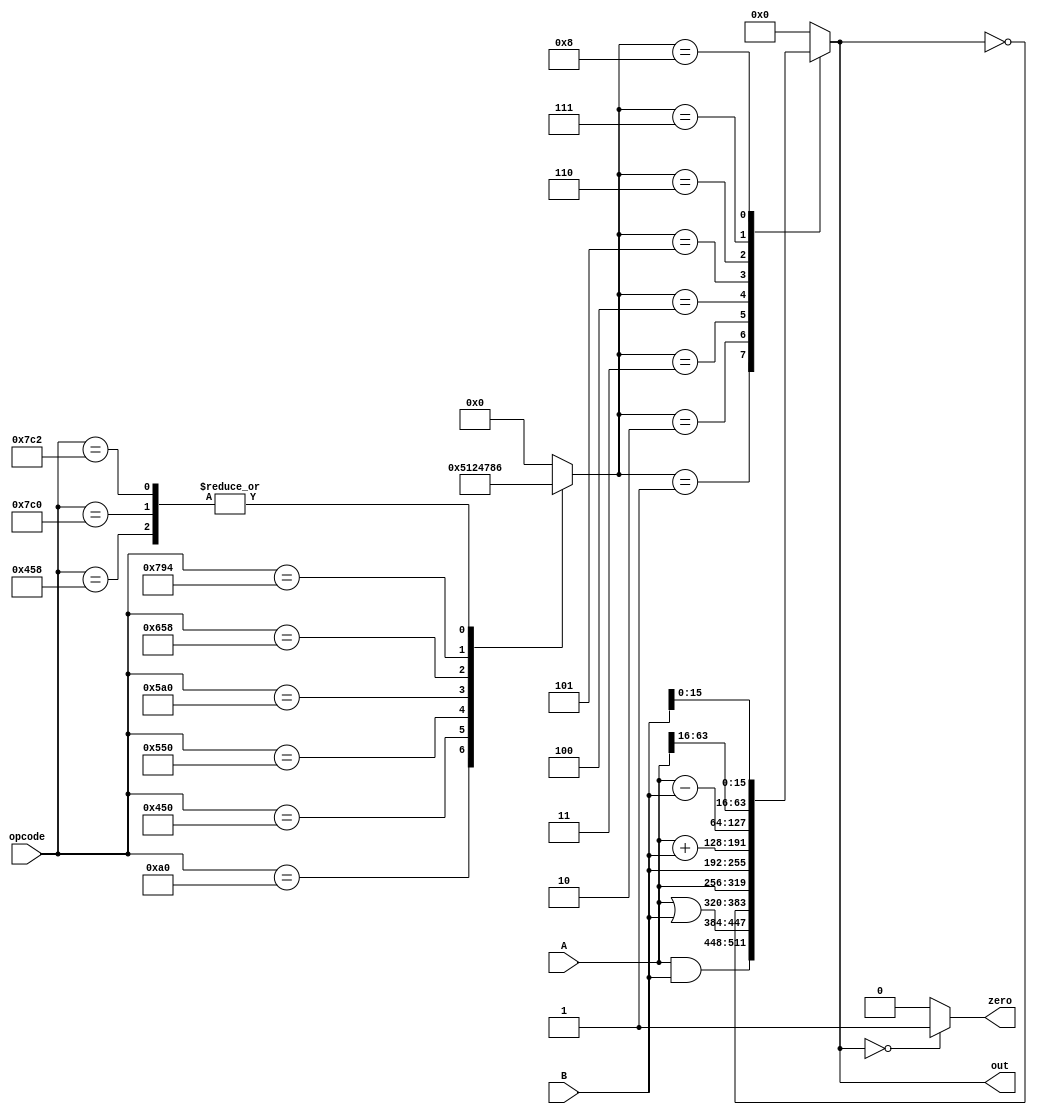
`timescale 1ns / 1ps

module ALU(
    input [10:0] opcode,
    input [63:0] A,
    input [63:0] B,
    output reg [63:0] out,
    output reg zero
);

    reg [3:0] alu_opcode;
    
    always@(A, B, opcode) begin
        case (opcode)
            11'h0A0: alu_opcode = 4'b0101;
            11'h450: alu_opcode = 4'b0001;
            11'h458: alu_opcode = 4'b0110;
            11'h550: alu_opcode = 4'b0010;
            11'h5A0: alu_opcode = 4'b0100;
            11'h658: alu_opcode = 4'b0111;
            11'h794: alu_opcode = 4'b1000;
            11'h7C0: alu_opcode = 4'b0110;
            11'h7C2: alu_opcode = 4'b0110;
            default: alu_opcode = 4'b0000;
        endcase
        case (alu_opcode)
            4'b0001: out <= A & B;
            4'b0010: out <= A | B;
            4'b0011: out <= ~out;
            4'b0100: out <= A;
            4'b0101: out <= B;
            4'b0110: out <= A + B;
            4'b0111: out <= A - B;
            4'b1000: out <= {A[63:16],B[15:0]};
            default: out <= 4'b0000;
        endcase

        if(out == 64'b0) begin
            zero <= 1'b1;
        end
        else begin
            zero <= 1'b0;
        end
    end


endmodule